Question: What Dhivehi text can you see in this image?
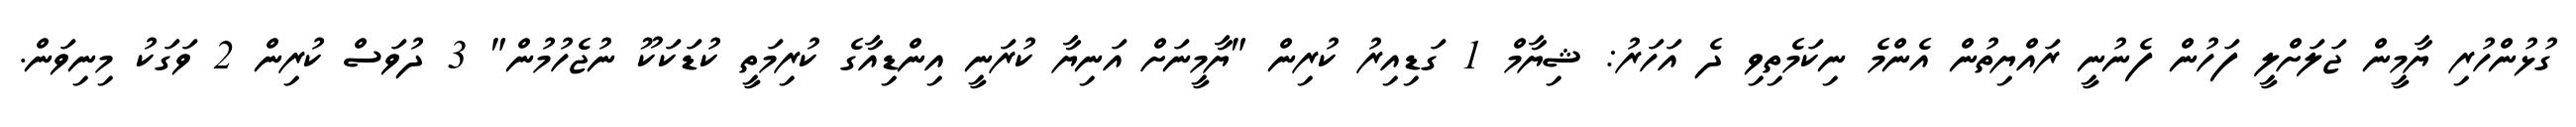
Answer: ގުޅުންހުރި ޔާމީން ޖަލަށްލީ ފަހުން ފެނުނީ ރައްޔިތުން އެންމެ ނިކަމެތިވި ދެ އަހަރު: ޝިޔާމް 1 ގަޑިއިރު ކުރިން "ޔާމީނަށް އަނިޔާ ކުރަނީ އިންޑިއާގެ ކުރިމަތީ ކުޑަކަކޫ ނުޖެހުމުން" 3 ދުވަސް ކުރިން 2 ވަގަކު މިނިވަން.